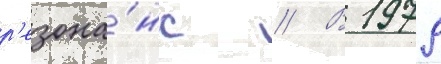
р'езона́нс // В 1979